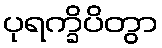
ပုရက္ခိပိတွာ